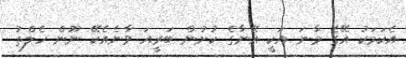
އެކަމަކު އޭގެ މާނަ އަކީ އޭނާގެ ކުށުން ބަރީއަ ވާނެއެކޭ ނޫން ހެލްތު